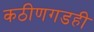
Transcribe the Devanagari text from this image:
कठीणगडही